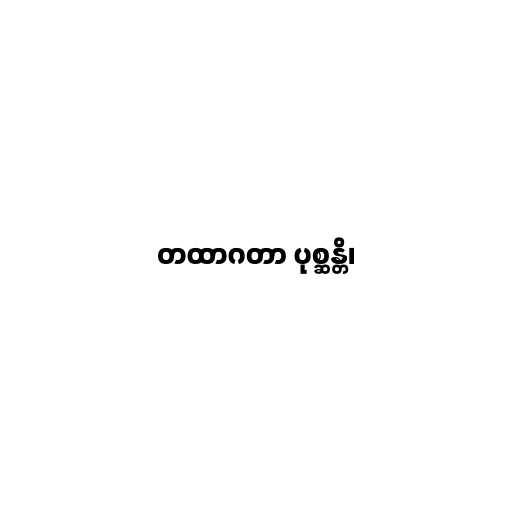
တထာဂတာ ပုစ္ဆန္တိ၊